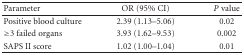
| Parameter | OR (95% CI) | P value |
 | --- | --- | --- |
 | Positive blood culture | 2.39 (1.13–5.06) | 0.02 |
 | ≥3 failed organs | 3.93 (1.62–9.53) | 0.002 |
 | SAPS II score | 1.02 (1.00–1.04) | 0.01 |